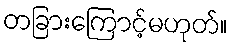
တခြားကြောင့်မဟုတ်။